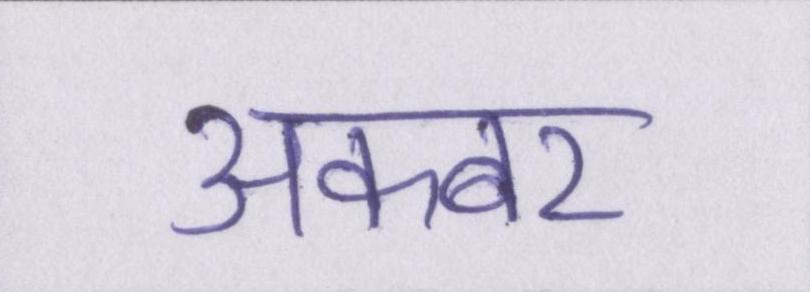
अकबर